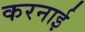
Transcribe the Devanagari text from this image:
करनाई